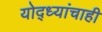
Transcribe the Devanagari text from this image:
योद्ध्यांचाही